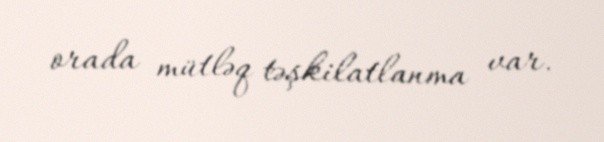
orada mütləq təşkilatlanma var.